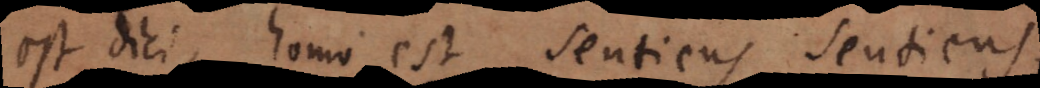
est dici, homo est sentiens sentiens,